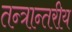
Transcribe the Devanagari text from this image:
तन्त्रान्तरीय